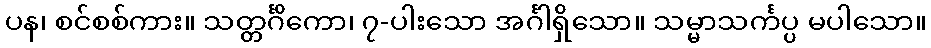
ပန၊ စင်စစ်ကား။ သတ္တင်္ဂိကော၊ ၇-ပါးသော အင်္ဂါရှိသော။ သမ္မာသင်္ကပ္ပ မပါသော။